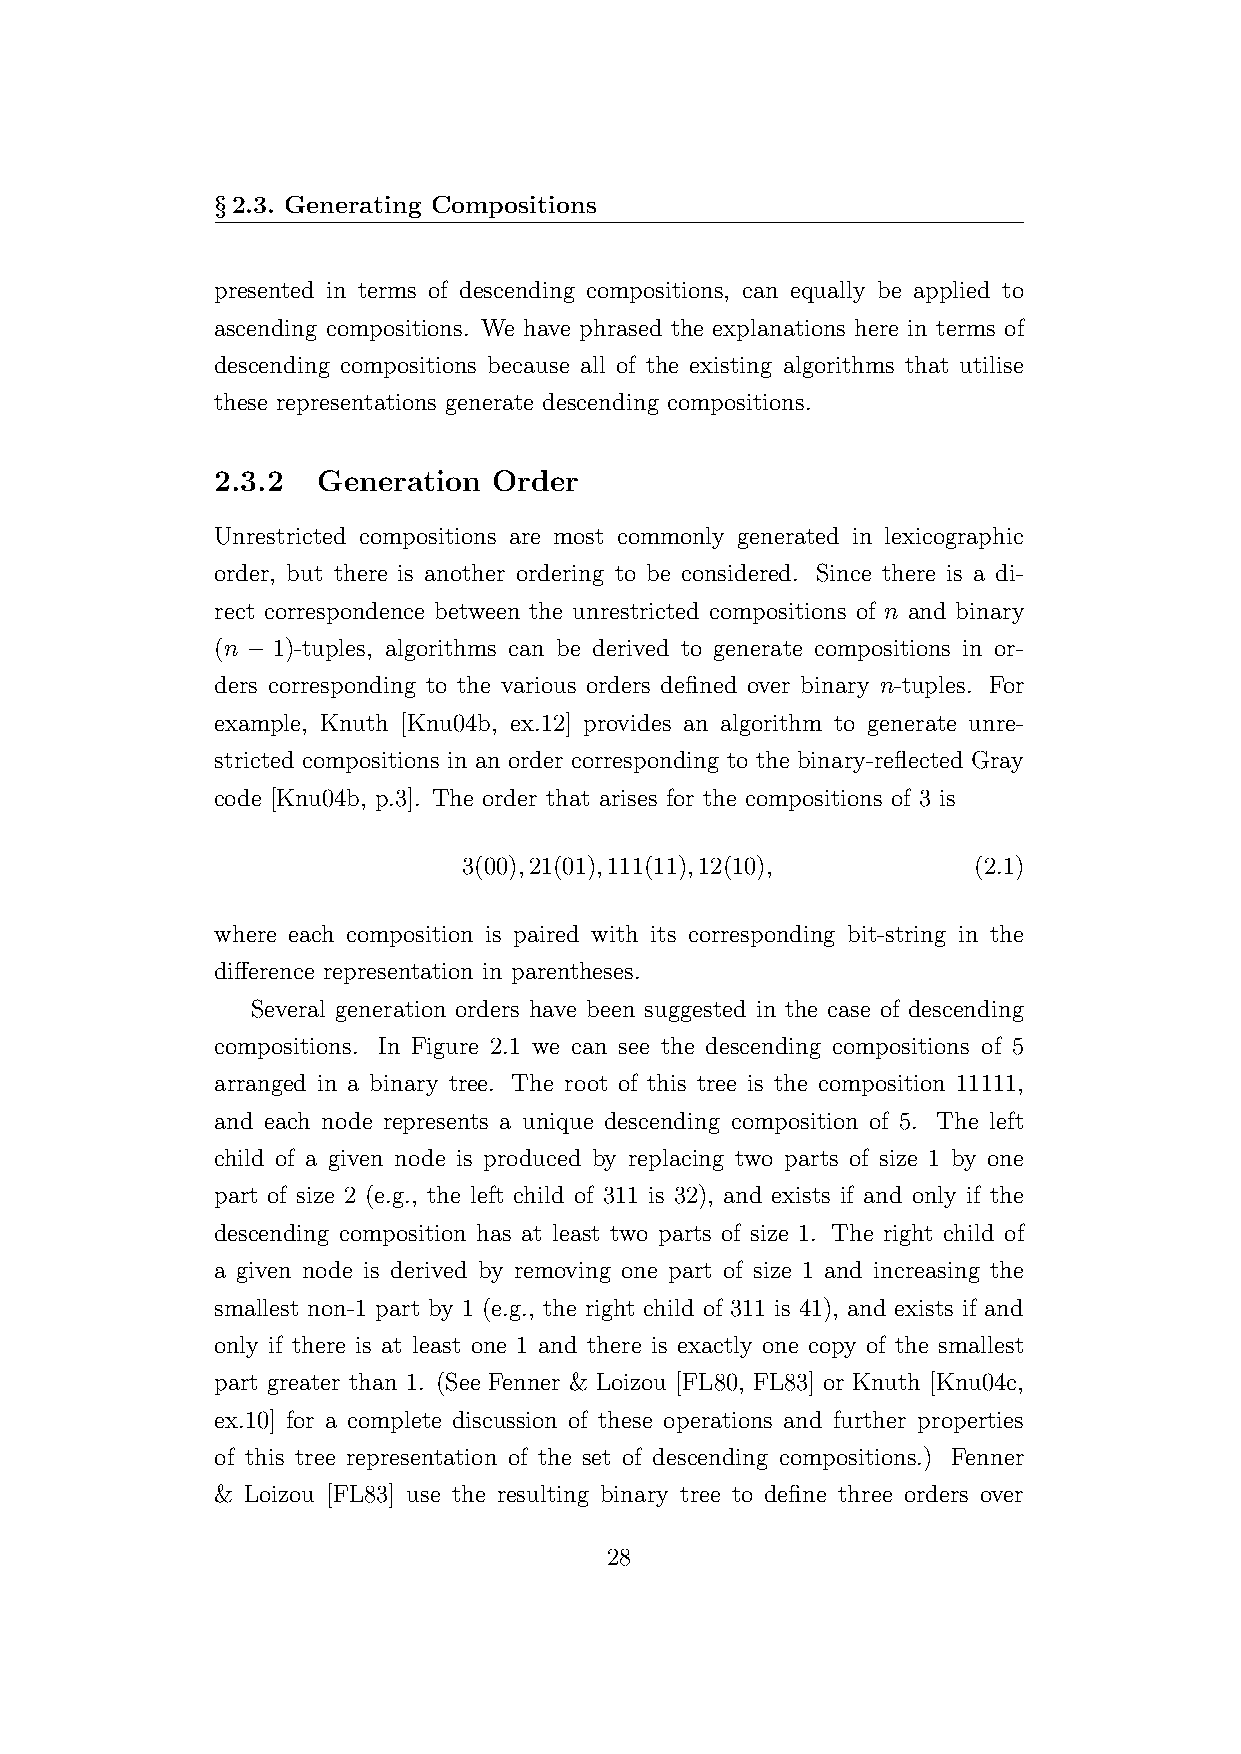
§2.3. Generating Compositions
 presented in terms of descending compositions, can equally be applied to
 ascending compositions. We have phrased the explanations here in terms of
 descending compositions because all of the existing algorithms that utilise
 these representations generate descending compositions.
 2.3.2  Generation  Order
 Unrestricted compositions are most commonly generated in lexicographic
 order, but there is another ordering to be considered. Since there is a di-
 rect correspondence between the unrestricted compositions of n and binary
 (n − 1)-tuples, algorithms can be derived to generate compositions in or-
 ders corresponding to the various orders defined over binary n-tuples. For
 example, Knuth [Knu04b, ex.12] provides an algorithm to generate unre-
 stricted compositions in an order corresponding to the binary-reflected Gray
 code [Knu04b, p.3]. The order that arises for the compositions of 3 is
 3(00),21(01),111(11),12(10),     (2.1)
 where each composition is paired with its corresponding bit-string in the
 difference representation in parentheses.
 Several generation orders have been suggested in the case of descending
 compositions. In Figure 2.1 we can see the descending compositions of 5
 arranged in a binary tree. The root of this tree is the composition 11111,
 and each node represents a unique descending composition of 5. The left
 child of a given node is produced by replacing two parts of size 1 by one
 part of size 2 (e.g., the left child of 311 is 32), and exists if and only if the
 descending composition has at least two parts of size 1. The right child of
 a given node is derived by removing one part of size 1 and increasing the
 smallest non-1 part by 1 (e.g., the right child of 311 is 41), and exists if and
 only if there is at least one 1 and there is exactly one copy of the smallest
 part greater than 1. (See Fenner & Loizou [FL80, FL83] or Knuth [Knu04c,
 ex.10] for a complete discussion of these operations and further properties
 of this tree representation of the set of descending compositions.) Fenner
 & Loizou [FL83] use the resulting binary tree to define three orders over
 28